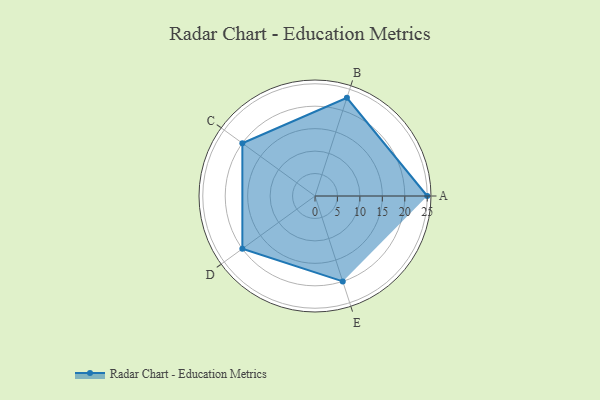
{"axis": {"x": "Skill", "y": "Score"}, "legend": ["Profile"], "data": [{"x": "A", "y": 25.0, "type": "Profile"}, {"x": "B", "y": 23.0, "type": "Profile"}, {"x": "C", "y": 20, "type": "Profile"}, {"x": "D", "y": 20, "type": "Profile"}, {"x": "E", "y": 20, "type": "Profile"}]}